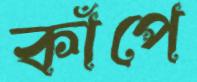
কাঁপে